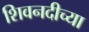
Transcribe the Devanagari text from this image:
शिवनदीच्या